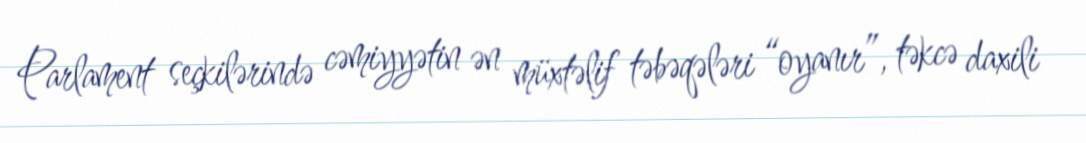
Parlament seçkilərində cəmiyyətin ən müxtəlif təbəqələri “oyanır”, təkcə daxili